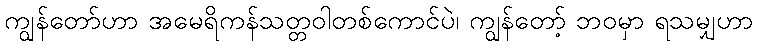
ကျွန်တော်ဟာ အမေရိကန်သတ္တဝါတစ်ကောင်ပဲ၊ ကျွန်တော့် ဘဝမှာ ရသမျှဟာ